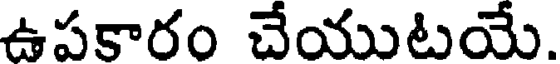
ఉపకారం చేయుటయే.